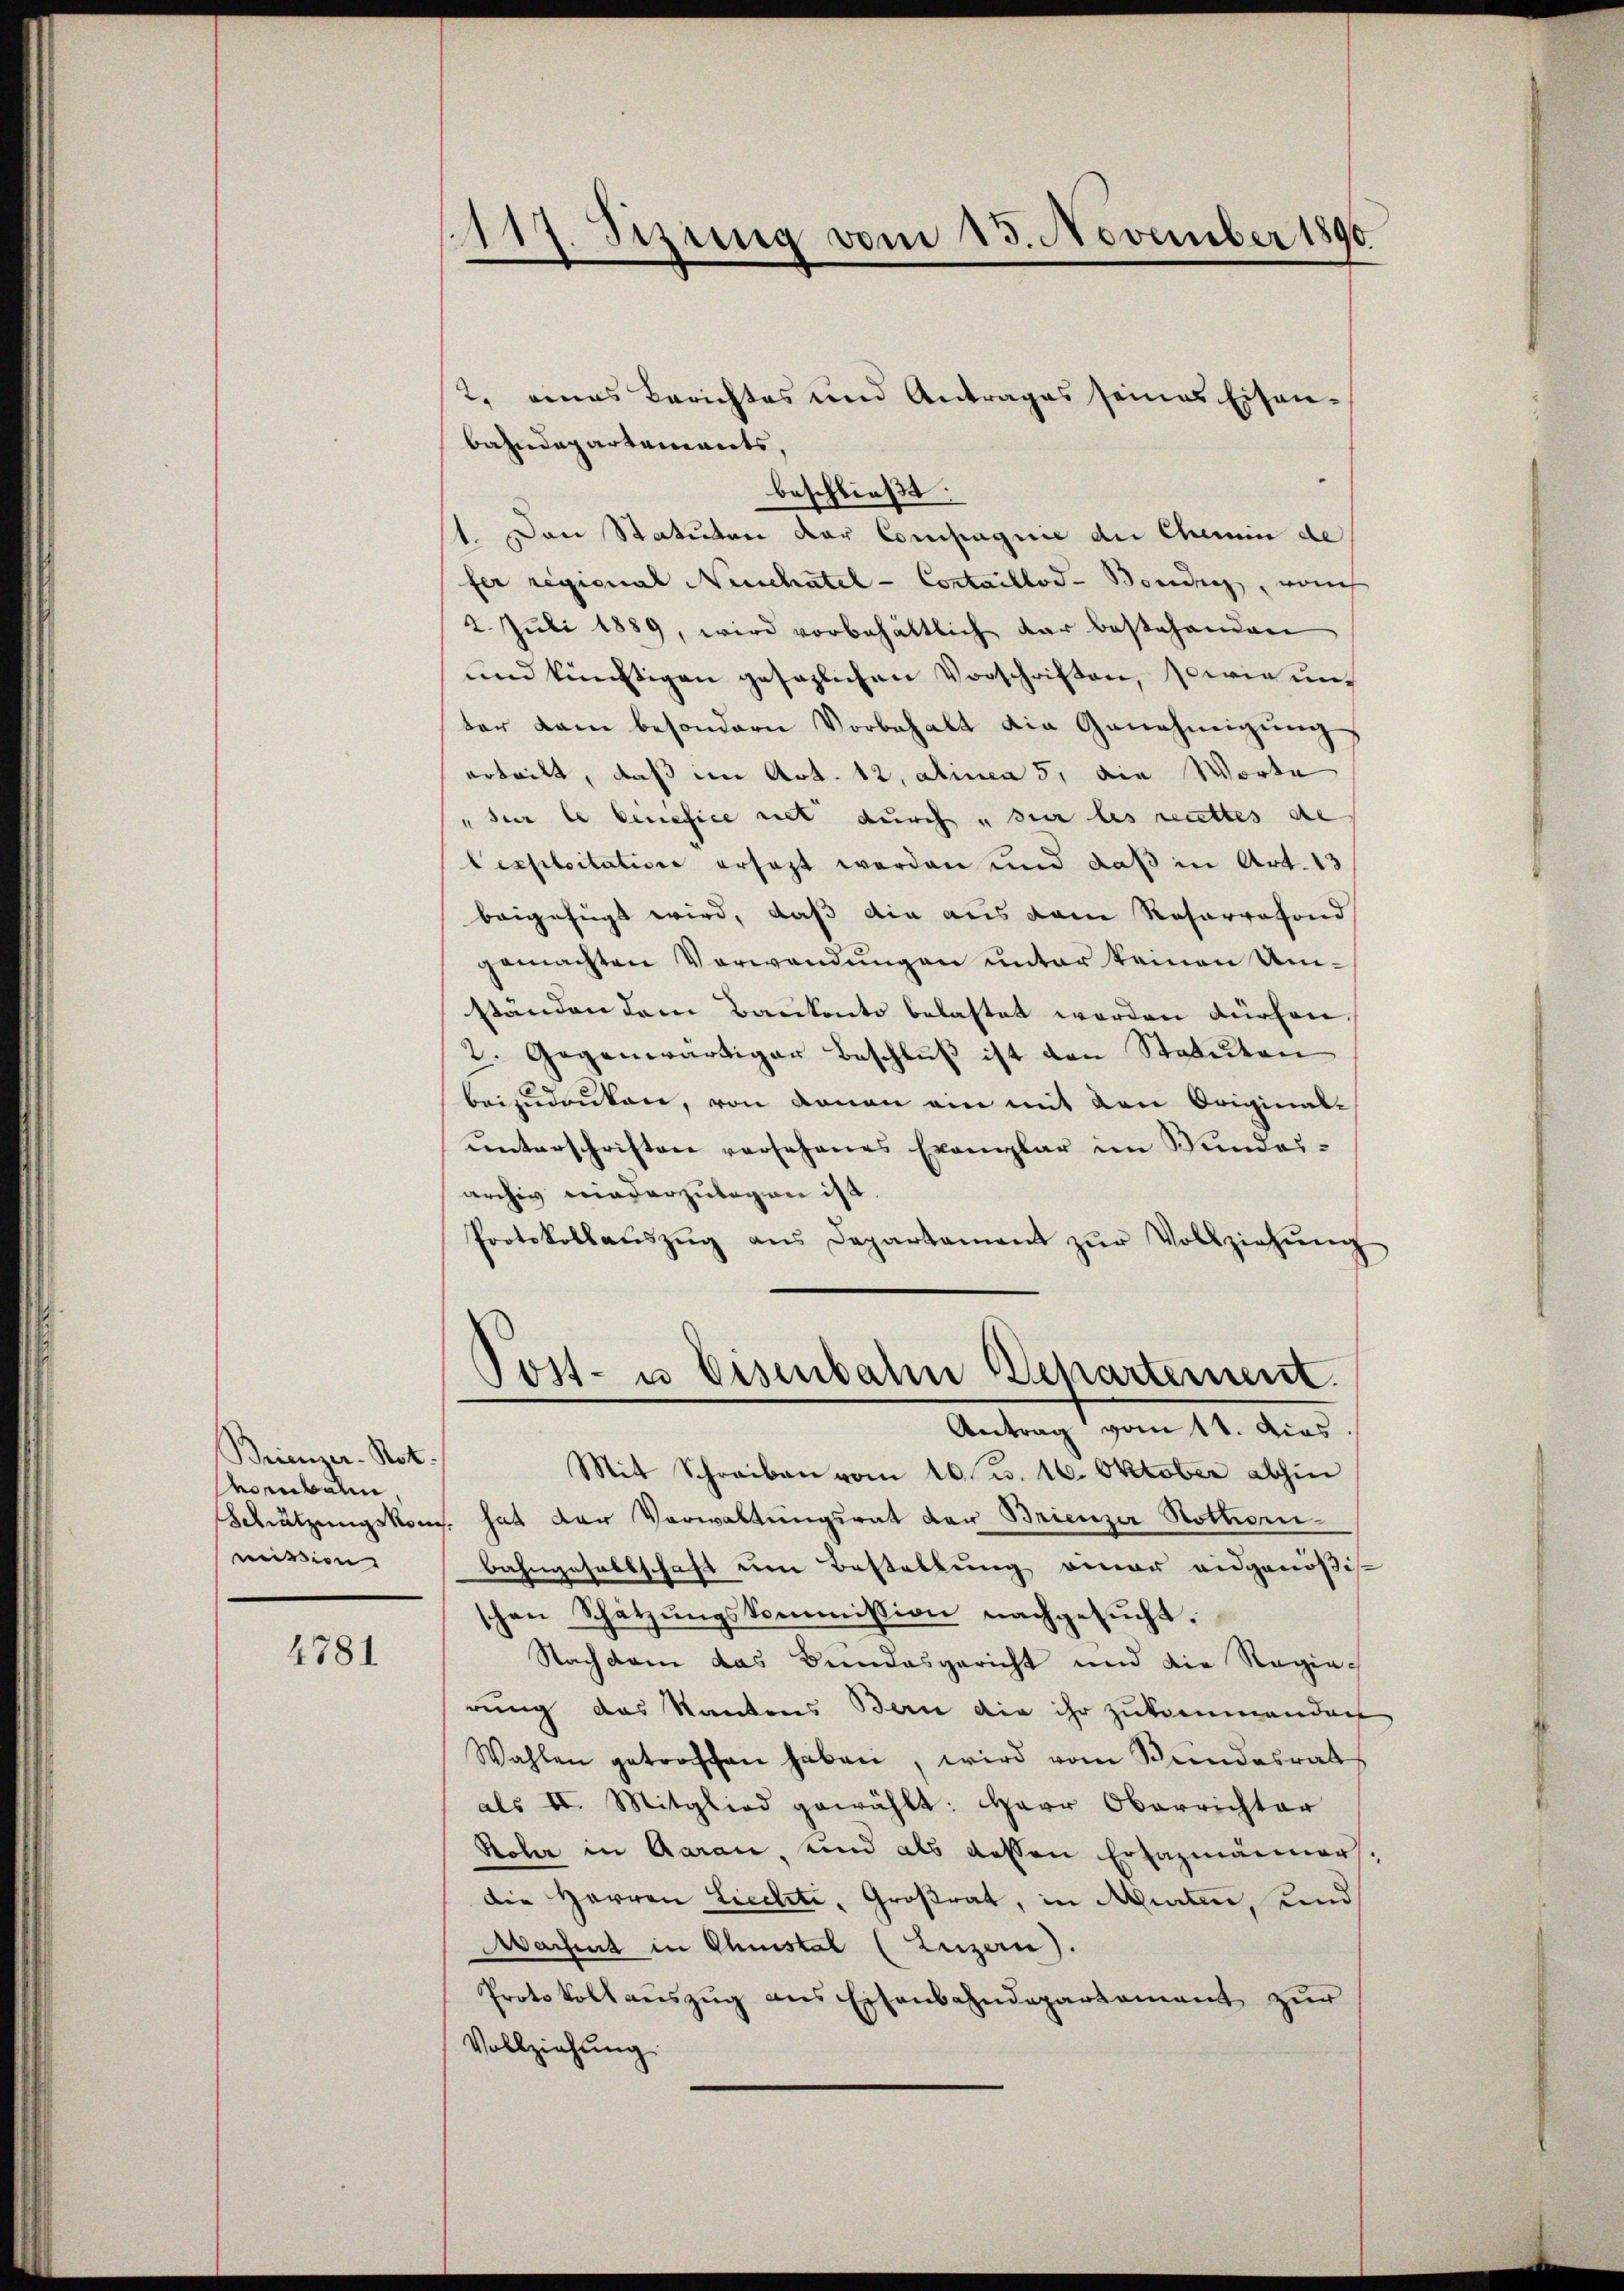
Brienzer-Not.
voenbalen,
mission

4781

117. Sizung vom 15. November 1890

bahndepartements,
beschließt:
1. Den Statuten der Compagnie die Chemin de
fer regional Neuschatel - Contaillod-Bonding, von
2. Juli 1889, wird vorbehältlich dar bestehenden
und künftigen gesezlichen Vorschriften, sowie unter kam besondern Vorbehalt die Genehmigŭng
erteilt, daß im Art. 12, Alinea 5, die Worte
" für le cinefice riet durch „sur les rittes de
Cexploitation ersezt werden und daß in Art. 13
beigefügt wird, daß die aus dem Resorgesond
gemachten Verwendungen unter keinen Umständen dem Bankonto belastet worden dürfen.
2. Gegenwärtiger Beschluß ist den Statuten
beizudrüken, von donau ein mit den Original-
ŭnterschriften vorsehenes Exemplar im Wundes-
archiv niederzulegen ist.
Protokollaŭszŭg ans Departament zŭr Vollziehŭng
Post- u. Eisenbahn Behartement.
Antrag vom 11. dies
Mit Schreiben vom 10. d. 16. Oktober abhin
Schätzungskoms. hat der Verwaltungsrat der Brienzer Nothorn
Bahngesellschaft um Bestellung einer eidgenößis
schen Schätzŭngskommission nachgesŭcht.
Nachdem das Bundesgericht und die Regierung das Kantons Bern die ihr zukommenden
Wahlen getroffen haben, wird vom Bundesrats
als II. Mitglied gewählt: Herr Oberrichter
Rohr in Aarau, und als dessen Erhazmänner
die Herren Licelite, Großrat, in Mieten, und
Marhut in Christal (Luzern).
Protokollauszug aus Eisenbahndepartement zur
Vollziehung

2. eines Berichtes und Antrages seines Eisen¬